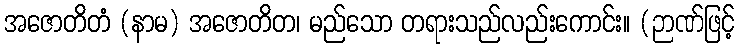
အဇောတိတံ (နာမ) အဇောတိတ၊ မည်သော တရားသည်လည်းကောင်း။ (ဉာဏ်ဖြင့်